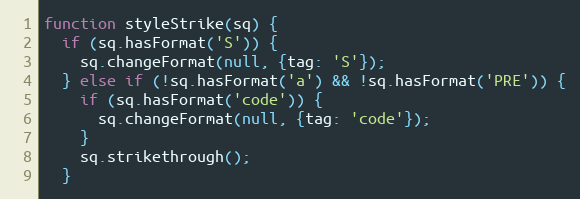
Language: JavaScript
function styleStrike(sq) {
  if (sq.hasFormat('S')) {
    sq.changeFormat(null, {tag: 'S'});
  } else if (!sq.hasFormat('a') && !sq.hasFormat('PRE')) {
    if (sq.hasFormat('code')) {
      sq.changeFormat(null, {tag: 'code'});
    }
    sq.strikethrough();
  }